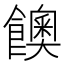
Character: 𩟇